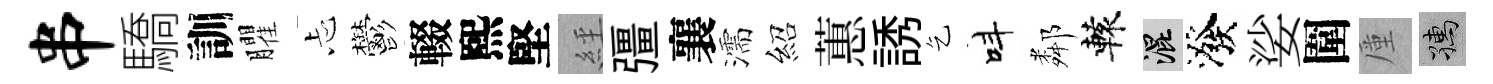
串驕訓臞忐鬱輟熙堅𦀇彊襄濡紹蕙誘乞呌鄰轅混潑娑圍厪孺